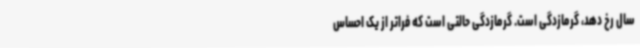
سال رخ دهد، گرمازدگی است. گرمازدگی حالتی است که فراتر از یک احساس